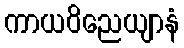
ကာယဝိညေယျာနံ